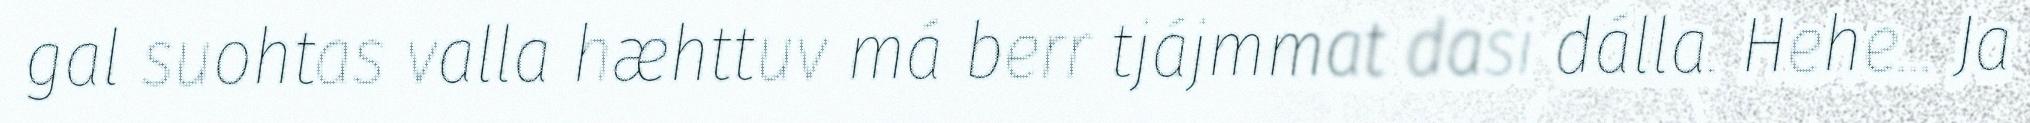
gal suohtas valla hæhttuv má berr tjájmmat dasi dálla. Hehe… Ja